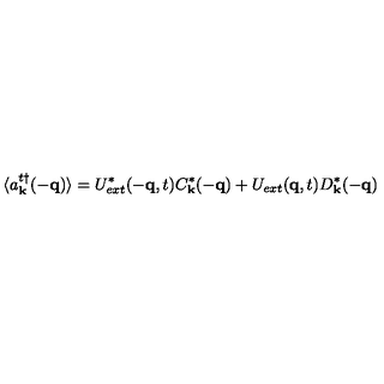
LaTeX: \langle a _ { { \bf { k } } } ^ { t \dagger } ( - { \bf { q } } ) \rangle = U _ { e x t } ^ { * } ( - { \bf { q } } , t ) C _ { { \bf { k } } } ^ { * } ( - { \bf { q } } ) + U _ { e x t } ( { \bf { q } } , t ) D _ { { \bf { k } } } ^ { * } ( - { \bf { q } } )